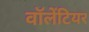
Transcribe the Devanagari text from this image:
वॉलेंटियर